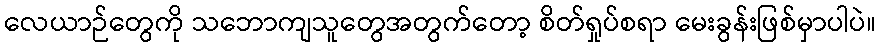
လေယာဉ်တွေကို သဘောကျသူတွေအတွက်တော့ စိတ်ရှုပ်စရာ မေးခွန်းဖြစ်မှာပါပဲ။